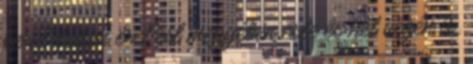
kerületeiben és Pest megyében este és hét végén is.